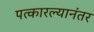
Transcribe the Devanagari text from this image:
पत्कारल्यानंतर